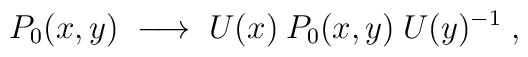
P_0(x,y) \;\longrightarrow\; U(x)\: P_0(x,y)\: U(y)^{-1}\;,